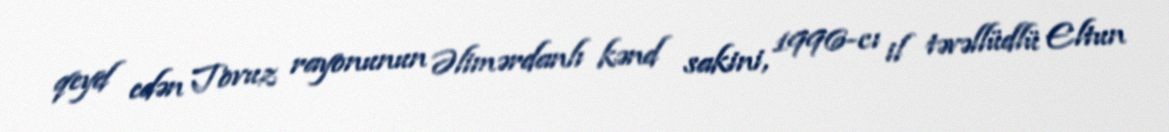
qeyd edən Tovuz rayonunun Əlimərdanlı kənd sakini, 1996-cı il təvəllüdlü Eltun